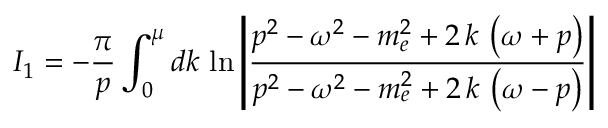
I _ { 1 } = - \frac \pi p \int _ { 0 } ^ { \mu } d k \, \ln \left| \frac { p ^ { 2 } - \omega ^ { 2 } - m _ { e } ^ { 2 } + 2 \, k \, \left( \omega + p \right) } { p ^ { 2 } - \omega ^ { 2 } - m _ { e } ^ { 2 } + 2 \, k \, \left( \omega - p \right) } \right|